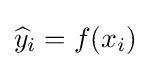
{\widehat {y}}_{i}=f(x_{i})